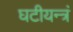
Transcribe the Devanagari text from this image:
घटीयन्त्रं